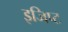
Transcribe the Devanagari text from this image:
इजिप्‍ट